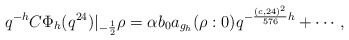
\begin{align*} q^{-h}C\Phi_{h}(q^{24})|_{-\frac{1}{2}}\rho=\alpha b_0a_{g_h}(\rho : 0)q^{-\frac{(c,24)^2}{576}h}+\cdots,\end{align*}